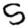
Digit: 5